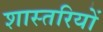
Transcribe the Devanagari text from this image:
शास्तरियों